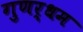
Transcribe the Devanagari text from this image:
गुणर्धम